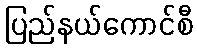
ပြည်နယ်ကောင်စီ